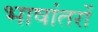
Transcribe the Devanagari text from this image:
भाषांतरों